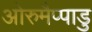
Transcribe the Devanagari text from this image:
ओरुमैप्पाडु